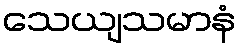
သေယျသမာနံ